38_143685_box7_Incident_Summaries_1-100
Agency: Department of War
Page 10
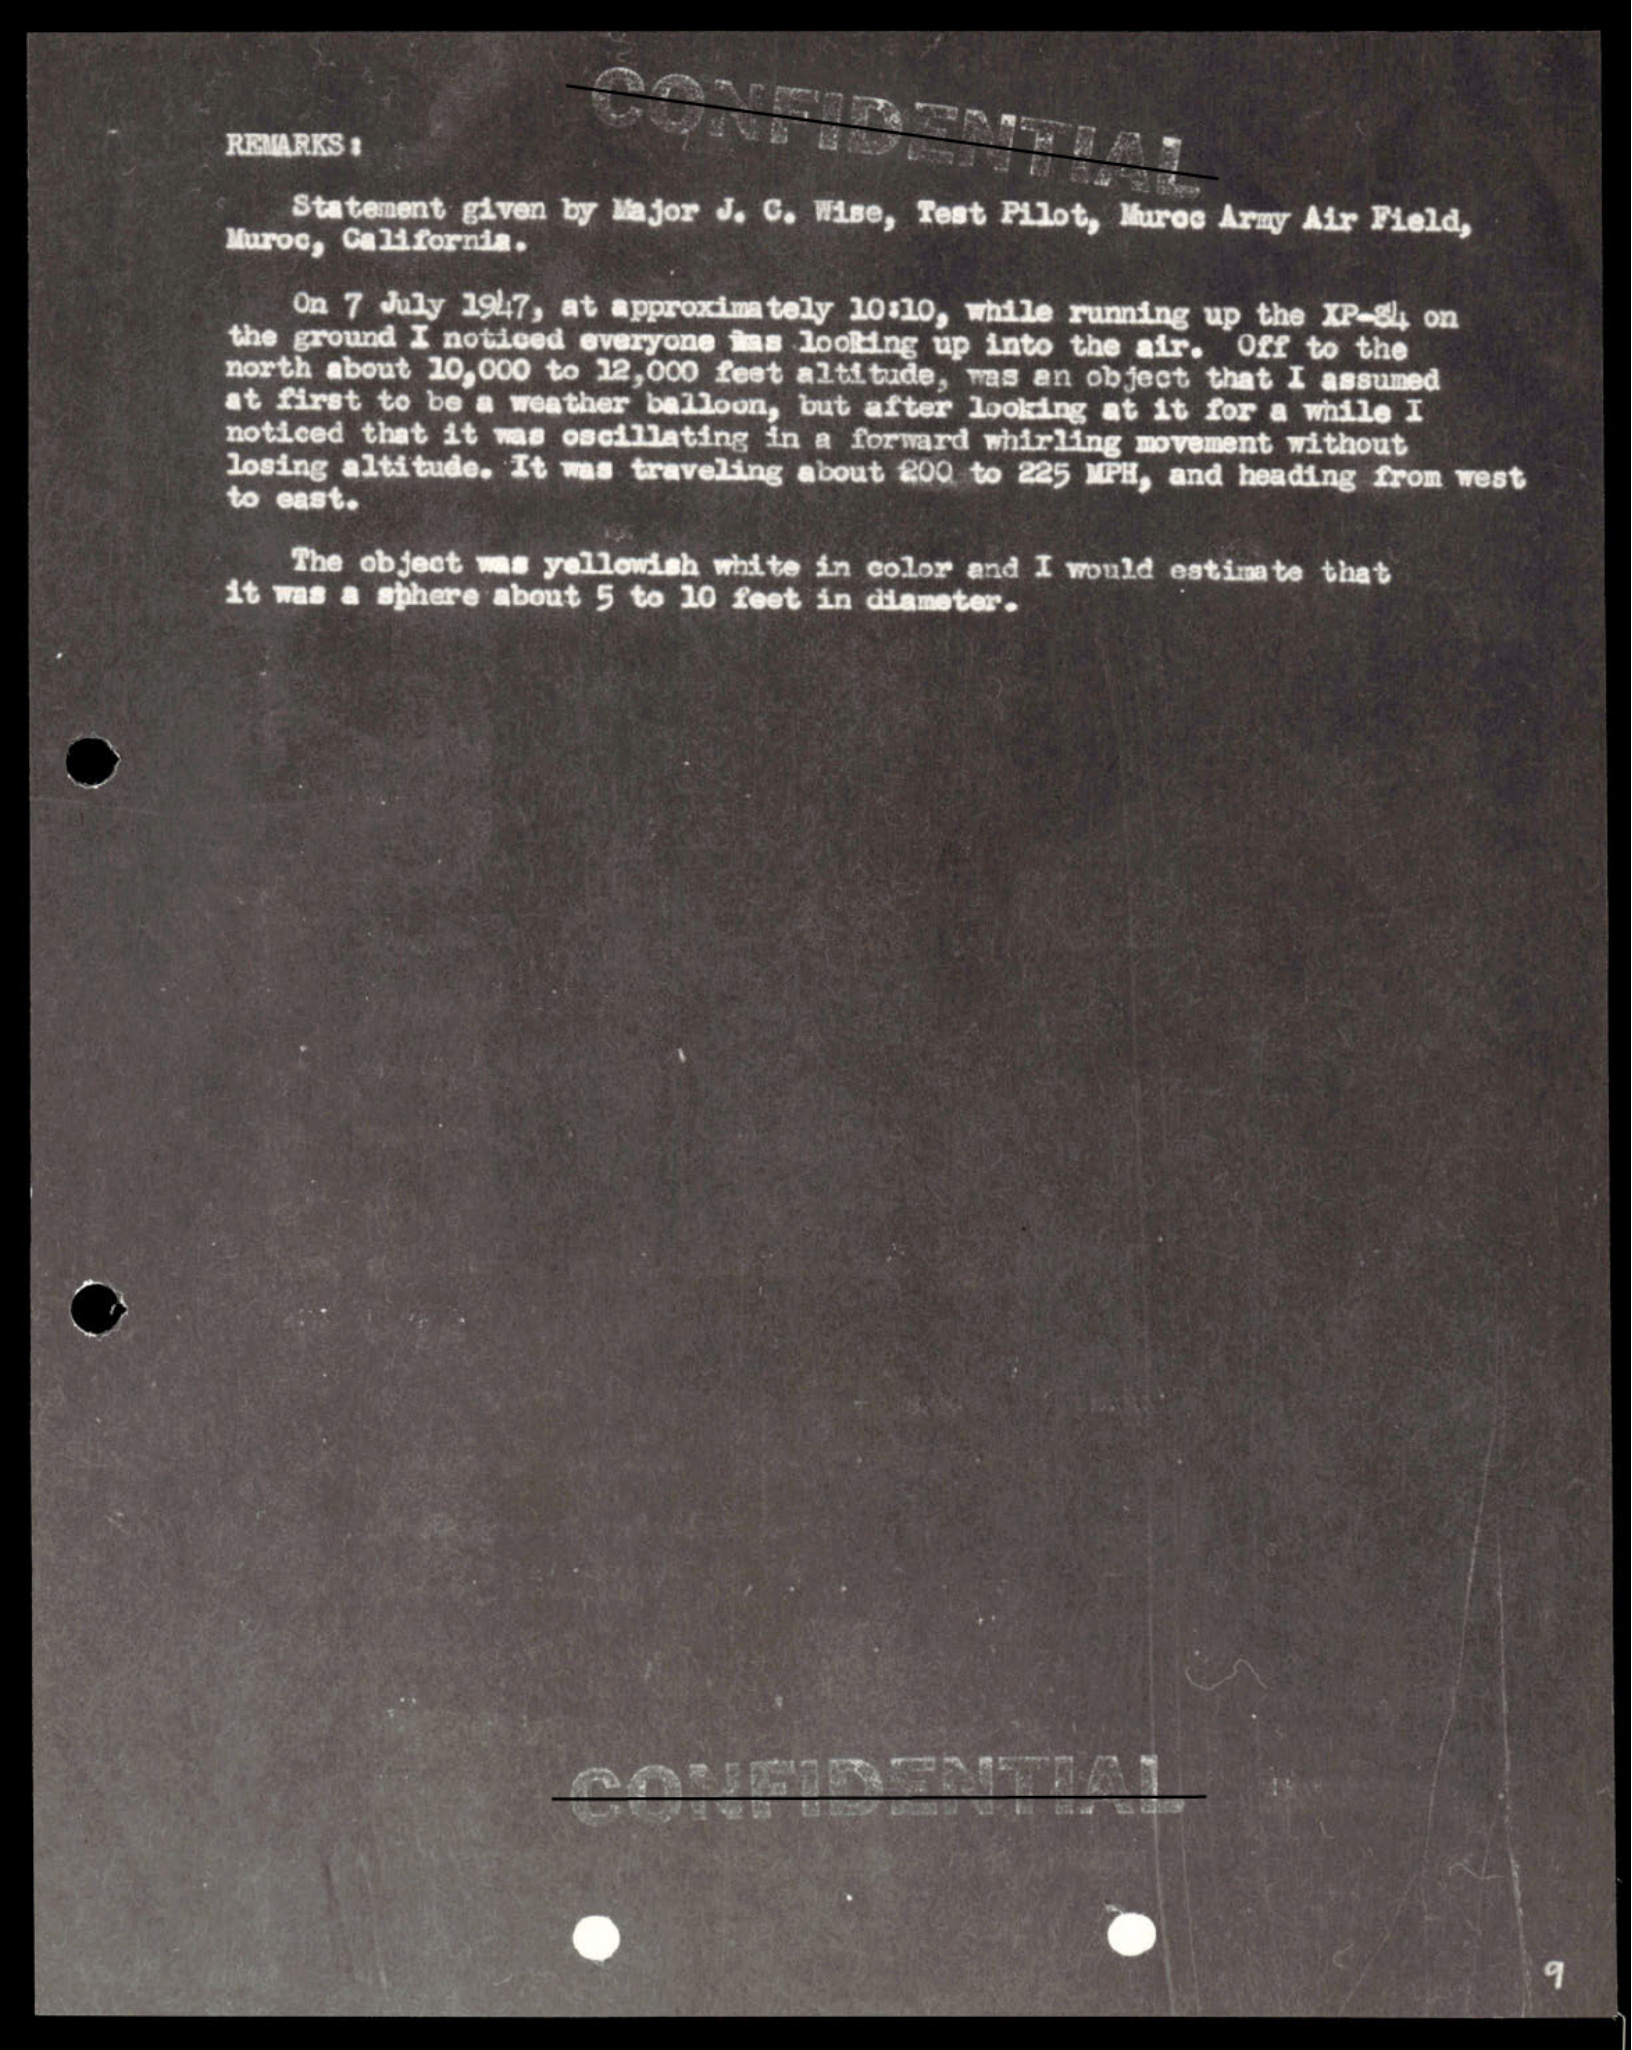